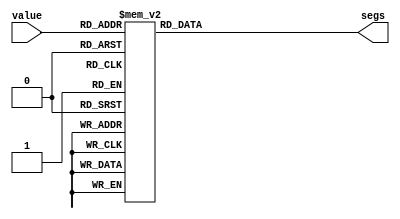
/*
   This file was generated automatically by the Mojo IDE version B1.3.6.
   Do not edit this file directly. Instead edit the original Lucid source.
   This is a temporary file and any changes made to it will be destroyed.
*/

module seven_segment_decoder_34 (
    input [3:0] value,
    output reg [6:0] segs
  );
  
  
  
  always @* begin
    
    case (value)
      1'h0: begin
        segs = 7'h7e;
      end
      1'h1: begin
        segs = 7'h48;
      end
      2'h2: begin
        segs = 7'h3d;
      end
      2'h3: begin
        segs = 7'h6d;
      end
      3'h4: begin
        segs = 7'h4b;
      end
      3'h5: begin
        segs = 7'h67;
      end
      3'h6: begin
        segs = 7'h77;
      end
      3'h7: begin
        segs = 7'h4c;
      end
      4'h8: begin
        segs = 7'h7f;
      end
      4'h9: begin
        segs = 7'h6f;
      end
      4'ha: begin
        segs = 7'h5b;
      end
      4'hb: begin
        segs = 7'h37;
      end
      4'hc: begin
        segs = 7'h32;
      end
      4'hd: begin
        segs = 7'h5e;
      end
      4'he: begin
        segs = 7'h36;
      end
      default: begin
        segs = 7'h00;
      end
    endcase
  end
endmodule